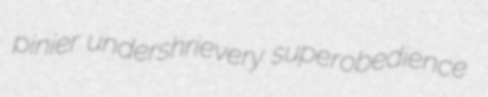
pinier undershrievery superobedience